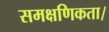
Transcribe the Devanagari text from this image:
समक्षणिकता।